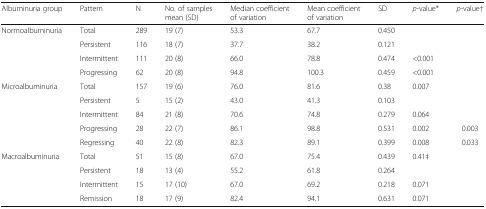
<table><thead><tr><td><b>Albuminuria group</b></td><td><b>Pattern</b></td><td><b>N</b></td><td><b>No. of samples mean (SD)</b></td><td><b>Median coefficient of variation</b></td><td><b>Mean coefficientof variation</b></td><td><b>SD</b></td><td><b><i>p</i>-value*</b></td><td><b><i>p</i>-value†</b></td></tr></thead><tbody><tr><td rowspan="4">Normoalbuminuria</td><td>Total</td><td>289</td><td>19 (7)</td><td>53.3</td><td>67.7</td><td>0.450</td><td></td><td></td></tr><tr><td>Persistent</td><td>116</td><td>18 (7)</td><td>37.7</td><td>38.2</td><td>0.121</td><td></td><td></td></tr><tr><td>Intermittent</td><td>111</td><td>20 (8)</td><td>66.0</td><td>78.8</td><td>0.474</td><td>&lt;0.001</td><td></td></tr><tr><td>Progressing</td><td>62</td><td>20 (8)</td><td>94.8</td><td>100.3</td><td>0.459</td><td>&lt;0.001</td><td></td></tr><tr><td rowspan="5">Microalbuminuria</td><td>Total</td><td>157</td><td>19 (6)</td><td>76.0</td><td>81.6</td><td>0.38</td><td>0.007</td><td></td></tr><tr><td>Persistent</td><td>5</td><td>15 (2)</td><td>43.0</td><td>41.3</td><td>0.103</td><td></td><td></td></tr><tr><td>Intermittent</td><td>84</td><td>21 (8)</td><td>70.6</td><td>74.8</td><td>0.279</td><td>0.064</td><td></td></tr><tr><td>Progressing</td><td>28</td><td>22 (7)</td><td>86.1</td><td>98.8</td><td>0.531</td><td>0.002</td><td>0.003</td></tr><tr><td>Regressing</td><td>40</td><td>22 (8)</td><td>82.3</td><td>89.1</td><td>0.399</td><td>0.008</td><td>0.033</td></tr><tr><td rowspan="4">Macroalbuminuria</td><td>Total</td><td>51</td><td>15 (8)</td><td>67.0</td><td>75.4</td><td>0.439</td><td>0.41‡</td><td></td></tr><tr><td>Persistent</td><td>18</td><td>13 (4)</td><td>55.2</td><td>61.8</td><td>0.264</td><td></td><td></td></tr><tr><td>Intermittent</td><td>15</td><td>17 (10)</td><td>67.0</td><td>69.2</td><td>0.218</td><td>0.071</td><td></td></tr><tr><td>Remission</td><td>18</td><td>17 (9)</td><td>82.4</td><td>94.1</td><td>0.631</td><td>0.071</td><td></td></tr></tbody></table>